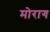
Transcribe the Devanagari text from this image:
मोराग